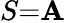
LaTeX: S{=}\mathbf{A}